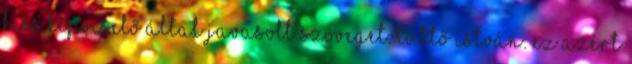
Kiss képviselő által javasolt szöveget. Tüttő István: Ez azért